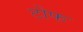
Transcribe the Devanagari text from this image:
टोफ